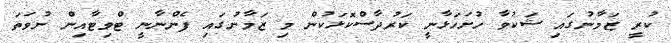
ކުރީ ޒަމާނުގައި ޝަކުވާ ހުށަހަޅާނީ ކަރުދާސްކޮޅަކުން މި ޒަމާނުގައި ފެންނާނީ ޓްވިޓާއިން ނުވަތަ